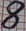
Text: 8